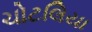
ચોટલિયા